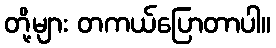
တို့များ တကယ်ပြောတာပါ။